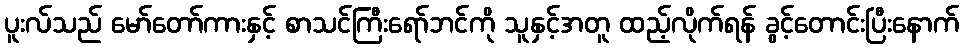
ပူးလ်သည် မော်တော်ကားနှင့် စာသင်ကြီးရော်ဘင်ကို သူနှင့်အတူ ထည့်လိုက်ရန် ခွင့်တောင်းပြီးနောက်